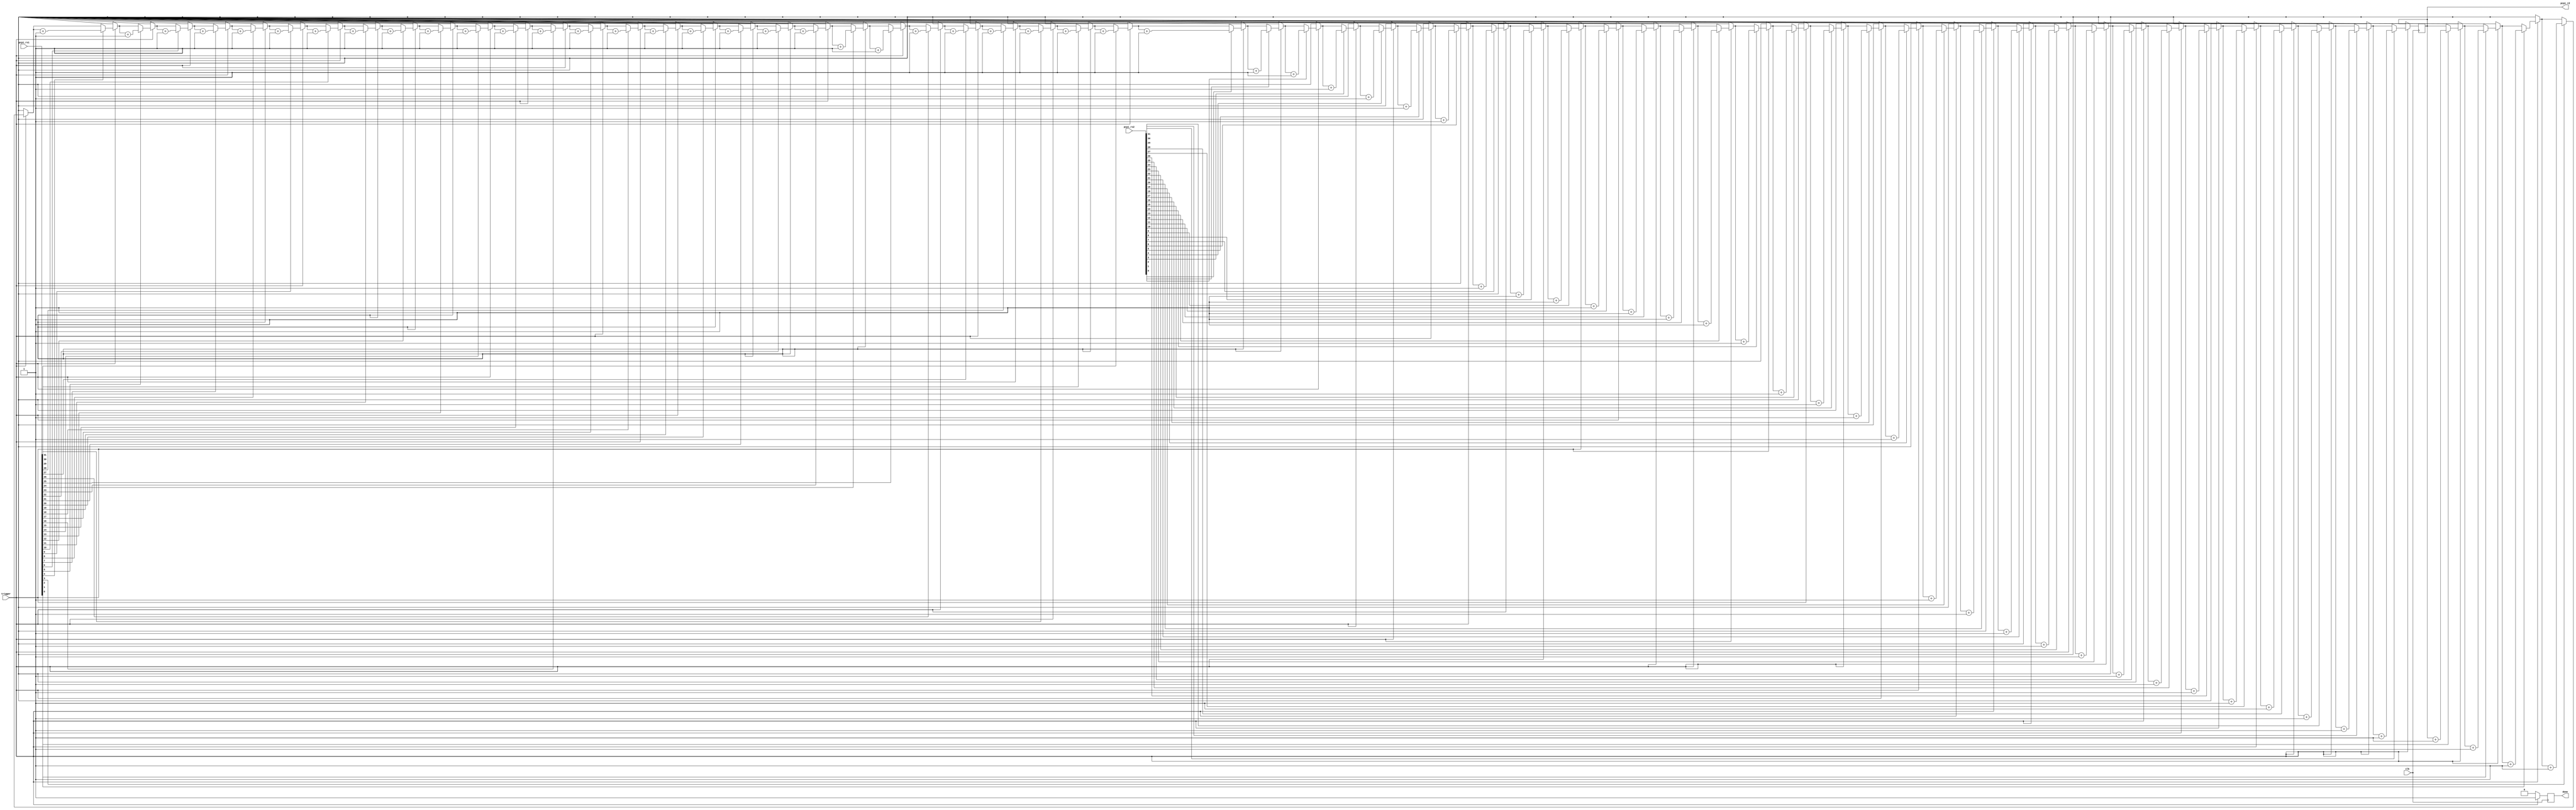
module cp_popount(
    input clk,
    input[31:0] pcpi_rs1,
    input[31:0] pcpi_rs2,
    output reg[31:0] pcpi_rd = 0,
    input trigger,
    output reg done = 0
);
integer i;
always @(posedge clk) begin
    if (trigger) begin
        for(i=0;i<32;i=i+1) 
            if(pcpi_rs1[i] == 1'b1)  
                pcpi_rd = pcpi_rd + 1; 
        for(i=0;i<32;i=i+1) 
            if(pcpi_rs2[i] == 1'b1)  
                pcpi_rd = pcpi_rd + 1; 
        done <= 1;
    end else begin
        done <= 0;
    end
end


endmodule